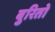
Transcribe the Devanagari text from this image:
बुरितो